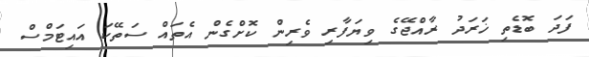
ފަދަ ބޮޑެތި ޚަރަދު ރާއްޖޭގެ ވިޔަފާރި ވެރިން ކޮށްގެން އެތައް ސަތޭކަ އައިޓަމްސް